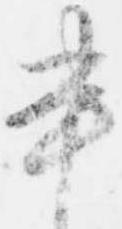
書